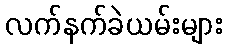
လက်နက်ခဲယမ်းများ